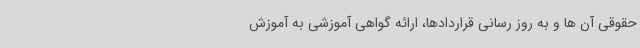
حقوقی آن ها و به روز رسانی قراردادها، ارائه گواهی آموزشی به آموزش